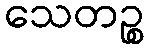
သေတဉ္စ